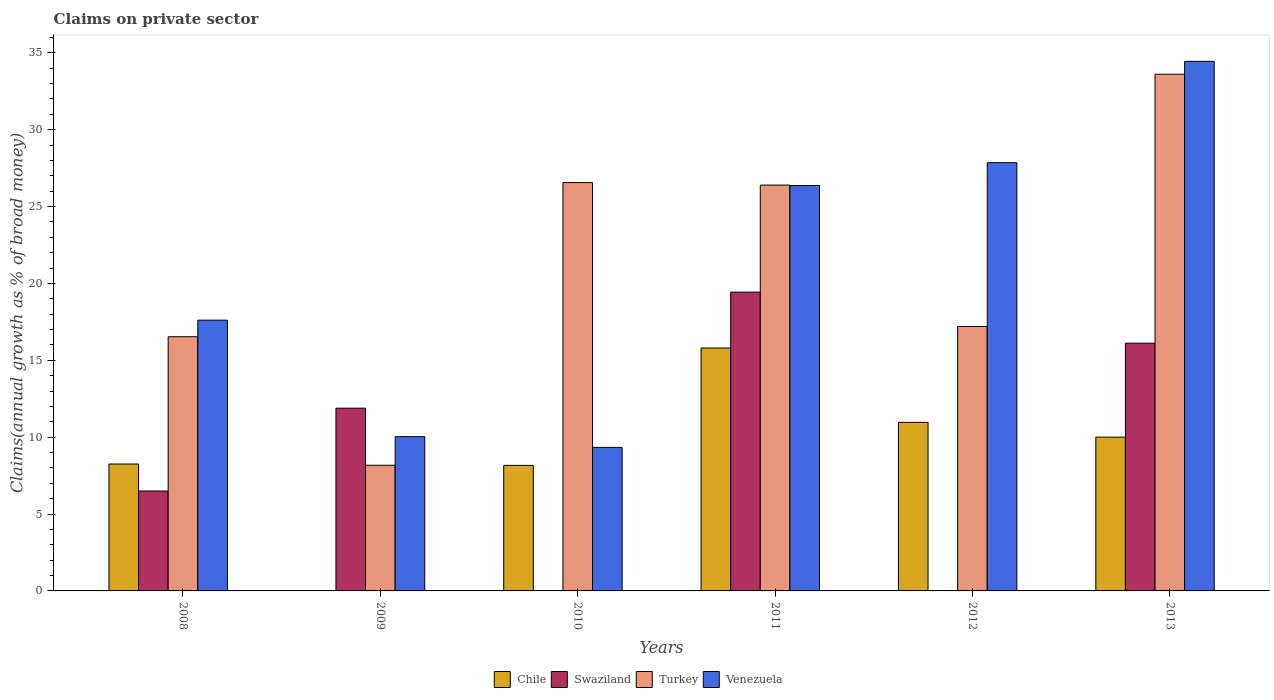
| Years | Chile | Swaziland | Turkey | Venezuela |
 | --- | --- | --- | --- | --- |
 | 2008 | 8.25 | 6.5 | 16.5 | 17.6 |
 | 2009 | -1.65 | 11.9 | 8.17 | 10 |
 | 2010 | 8.16 | -0.443 | 26.6 | 9.33 |
 | 2011 | 15.8 | 19.4 | 26.4 | 26.4 |
 | 2012 | 11 | -1.54 | 17.2 | 27.9 |
 | 2013 | 10 | 16.1 | 33.6 | 34.4 |